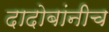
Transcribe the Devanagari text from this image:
दादोबांनीच